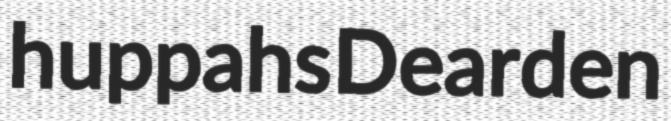
huppahs Dearden